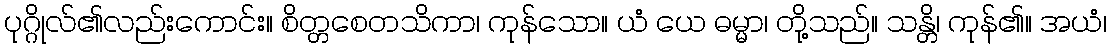
ပုဂ္ဂိုလ်၏လည်းကောင်း။ စိတ္တစေတသိကာ၊ ကုန်သော။ ယံ ယေ ဓမ္မာ၊ တို့သည်။ သန္တိ၊ ကုန်၏။ အယံ၊